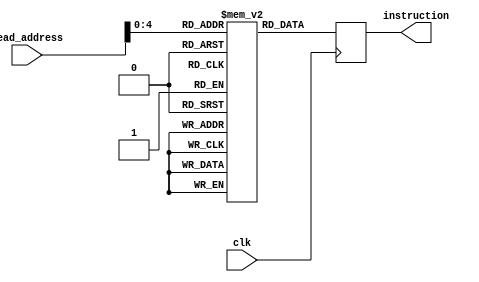
module instruction_memory (instruction, read_address, clk);
    input [31:0] read_address;
    input clk;
    output reg[31:0] instruction;

    reg [31:0] memory[0:31];

    always @(posedge clk) begin
        instruction <= memory[read_address];
    end
endmodule